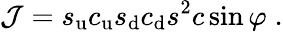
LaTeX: {\cal J}=s_{\mathrm{u}}c_{\mathrm{u}}s_{\mathrm{d}}c_{\mathrm{d}}s^{2}c\sin\varphi\; .